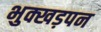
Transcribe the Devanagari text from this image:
भुक्खड़पन